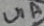
Text: U1A